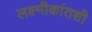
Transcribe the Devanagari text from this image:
लक्ष्मीकांतशी